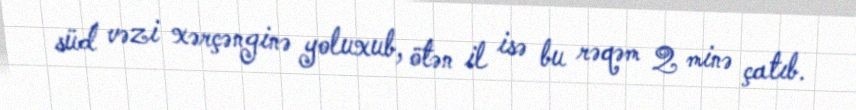
süd vəzi xərçənginə yoluxub, ötən il isə bu rəqəm 2 minə çatıb.